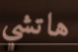
هاتشي